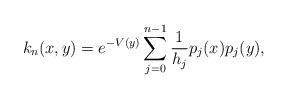
LaTeX: \begin{align*} k_n(x,y) = e^{-V(y)}\sum_{j=0}^{n-1}\frac{1}{h_j}p_j(x)p_{j}(y),\end{align*}